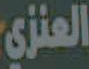
العنزي